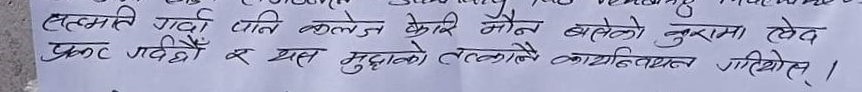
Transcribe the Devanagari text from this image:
सहमति गर्दा पनि कलेज केहि मौन बसेको कुरामा खेद प्रकट गर्दछौं र यस मुद्धाको तत्कालै कार्यान्वयन गरियोस्।